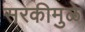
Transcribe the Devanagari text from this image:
सरकीमुळे